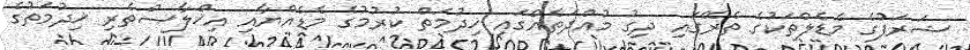
ޝަރަފުގެ މެޑެލްތަކުގެ ތެރޭގައި ދިގު މުއްދަތެއްގައި ޚިދުމަތް ކުރުމުގެ މެޑެއްޔާއި އިޚްލާޞްތެރި ޚިދުމަތުގެ